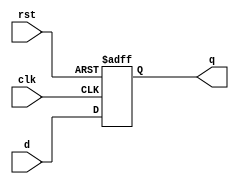
module d_ff_with_sync_reset (
    input wire rst,
    input wire clk,
    input wire d,
    output reg q
);

always @(posedge clk or posedge rst) begin
    if (rst) begin
        q <= 1'b0; // Reset value
    end else begin
        q <= d;
    end
end

endmodule